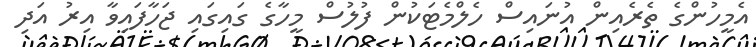
އެމީހުންގެ ތެރެއިން އުނައިސް ހެލްމެޓަކުން ފުލުސް މީހާގެ ގައިގައި ޖަހާފައިވާ އިރު އަދި